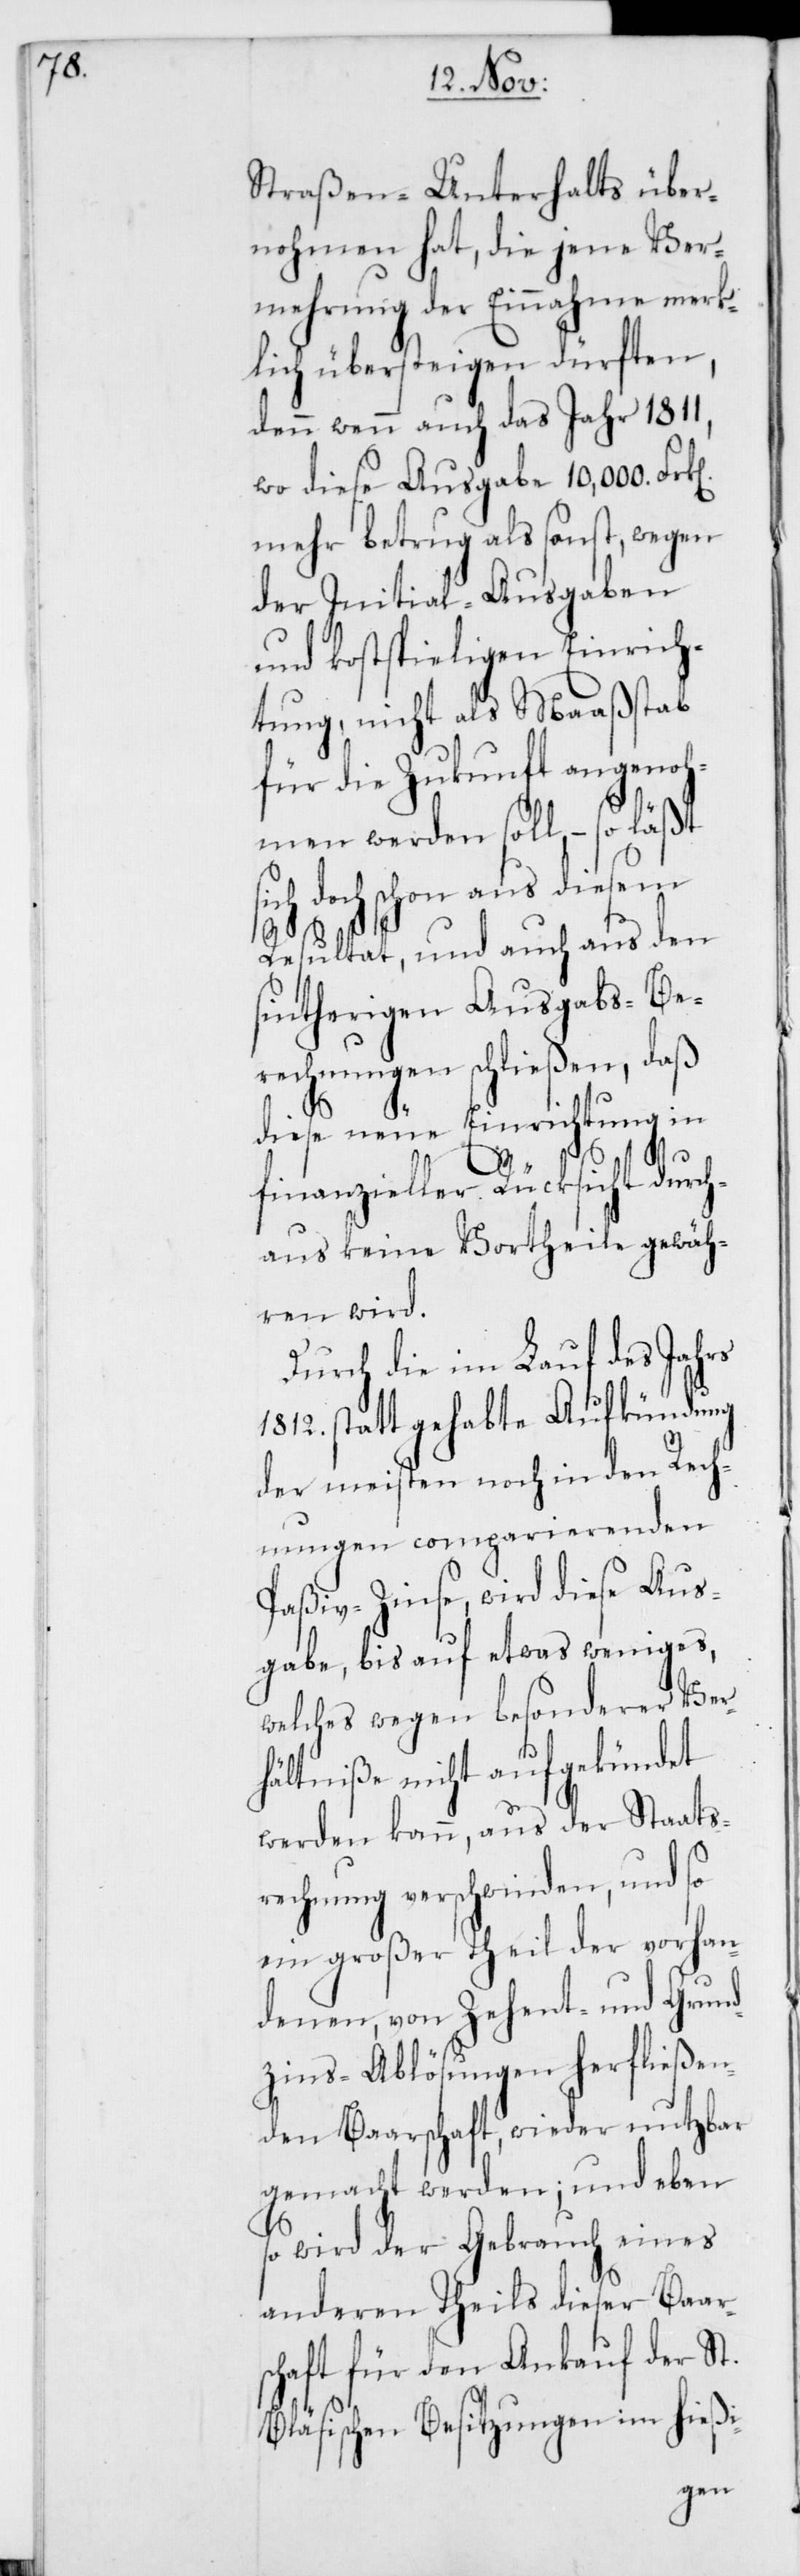
si¬

Straßen-Unterhalts über¬
nohmen hat, die jene Ver¬
mehrung der Einnahme merk¬
lich übersteigen dürften,
denn wenn auch das Jahr 1811,
wo diese Ausgabe 10,000.
mehr betrug als sonst, wegen
der Initial-Ausgaben
und kostspieligen Einrich¬
tung, nicht als Maaßstab
für die Zukunft angenoh¬
men werden soll, – so läßt
ch doch schon aus diesem
Resultat, und auch aus den
sintherigen Ausgabs-Be¬
rechnungen schließen, daß
diese neue Einrichtung in
finanzieller Rücksicht durch¬
aus keine Vortheile gewäh¬
ren wird.
Durch die im Lauf des Jahrs
1812. stattgehabte Aufkündung
der meisten noch in den Rech¬
nungen comparierenden
Paßiv-Zinse, wird diese Aus¬
gabe bis auf etwas weniges,
welches wegen besonderer Ver¬
hältniße nicht aufgekündet
werden kann, aus der Staats¬
rechnung verschwinden, und so
ein großer Theil der vorhan¬
denen, von Zehent- und Grund¬
zins-Ablösungen herfließen¬
den Baarschaft, wieder nutzbar
gemacht werden; und eben
so wird der Gebrauch eines
anderen Theils dieser Baar¬
schaft für den Ankauf der St.
Bläsischen Besitzungen im hießi-